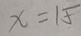
x = 1 5